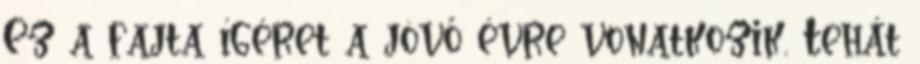
Ez a fajta ígéret a jövő évre vonatkozik. Tehát